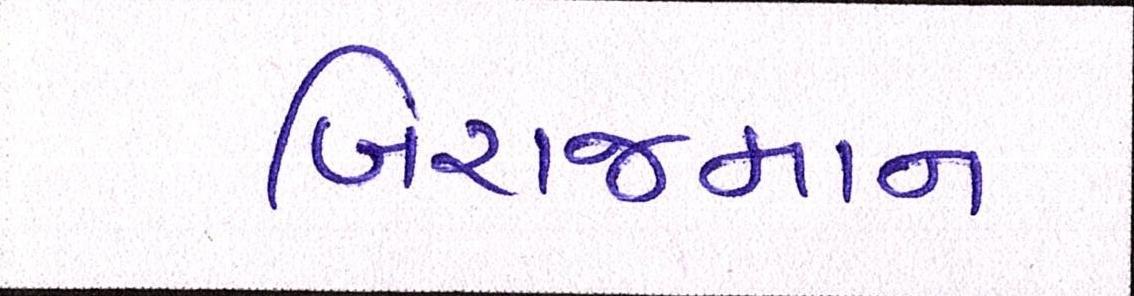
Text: બિરાજમાન